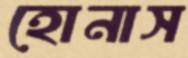
হোনাস